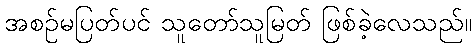
အစဉ်မပြတ်ပင် သူတော်သူမြတ် ဖြစ်ခဲ့လေသည်။